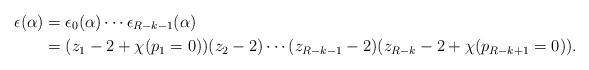
LaTeX: \begin{align*}\epsilon(\alpha)&=\epsilon_0(\alpha)\cdots\epsilon_{R-k-1}(\alpha)\\&=(z_1-2+\chi(p_1=0))(z_2-2)\cdots(z_{R-k-1}-2)(z_{R-k}-2+\chi(p_{R-k+1}=0)).\end{align*}